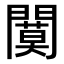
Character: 𫔩